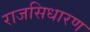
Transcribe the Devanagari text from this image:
राजसिधारण